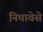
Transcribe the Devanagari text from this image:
निघावेसे